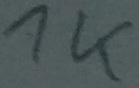
Text: 1K